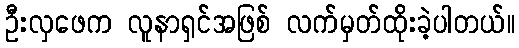
ဦးလှဖေက လူနာရှင်အဖြစ် လက်မှတ်ထိုးခဲ့ပါတယ်။